Civil Veterinary Dept. North-West Frontier Province 1923-32 - 1923-1932
Year: 1923
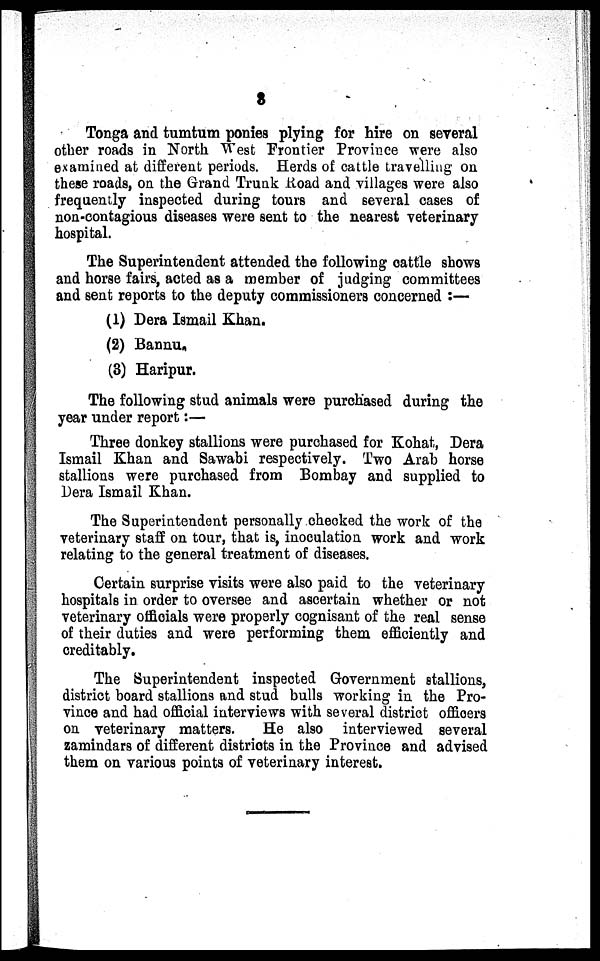
3
Tonga and tumtum ponies plying for hire on several
other roads in North West Frontier Province were also
examined at different periods. Herds of cattle travelling on
these roads, on the Grand Trunk Road and villages were also
frequently inspected during tours and several cases of
non-contagious diseases were sent to the nearest veterinary
hospital.
The Superintendent attended the following cattle shows
and horse fairs, acted as a member of judging committees
and sent reports to the deputy commissioners concerned :—
(1) Dera Ismail Khan.
(2) Bannu.
(3) Haripur.
The following stud animals were purchased during the
year under report :—
Three donkey stallions were purchased for Kohat, Dera
Ismail Khan and Sawabi respectively. Two Arab horse
stallions were purchased from Bombay and supplied to
Dera Ismail Khan.
The Superintendent personally checked the work of the
veterinary staff on tour, that is, inoculation work and work
relating to the general treatment of diseases.
Certain surprise visits were also paid to the veterinary
hospitals in order to oversee and ascertain whether or not
veterinary officials were properly cognisant of the real sense
of their duties and were performing them efficiently and
creditably.
The Superintendent inspected Government stallions,
district board stallions and stud bulls working in the Pro-
vince and had official interviews with several district officers
on veterinary matters.
He also interviewed several
zamindars of different districts in the Province and advised
them on various points of veterinary interest.